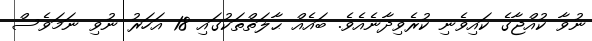
ނުވާ ކުއްޖާގެ ކައިވެނި ކުރެވިދާނެއެވެ. ބައެއް ޙާލަތްތަކުގައި 18 އަހަރު ނުވި ނަމަވެސް